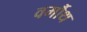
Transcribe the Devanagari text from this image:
वर्मौथ